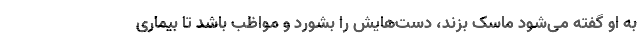
به او گفته می‌شود ماسک بزند، دست‌هایش را بشورد و مواظب باشد تا بیماری